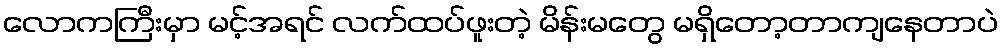
လောကကြီးမှာ မင့်အရင် လက်ထပ်ဖူးတဲ့ မိန်းမတွေ မရှိတော့တာကျနေတာပဲ